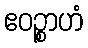
ဧဝဉ္စာဟံ